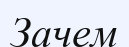
Зачем